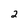
Character: 2